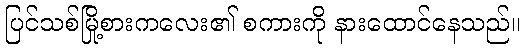
ပြင်သစ်မြို့စားကလေး၏ စကားကို နားထောင်နေသည်။